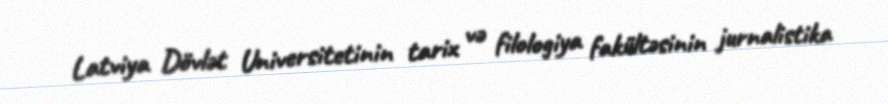
Latviya Dövlət Universitetinin tarix və filologiya fakültəsinin jurnalistika